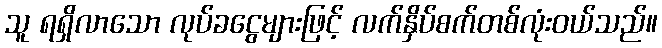
သူ ရရှိလာသော လုပ်ခငွေများဖြင့် လက်နှိပ်စက်တစ်လုံးဝယ်သည်။